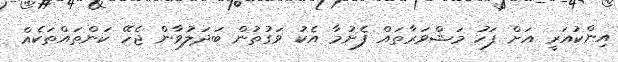
އިންކުއަރީ އަށް ފަހު މަޝްވަރާތައް ފެށުމާ އެކު ވަގުތުން ބަދަލުވާން ޖެހޭ ކަންތައްތަކެއް